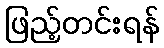
ဖြည့်တင်းရန်